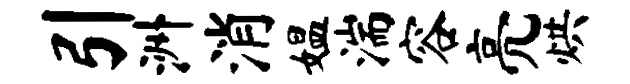
引洲消媪湍容亮烘